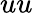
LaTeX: uu